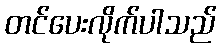
တင်ပေးလိုက်ပါသည်